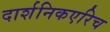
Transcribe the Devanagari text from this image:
दार्शनिकएरिच